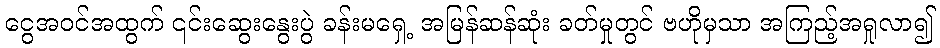
ငွေအဝင်အထွက် ၎င်းဆွေးနွေးပွဲ ခန်းမရှေ့ အမြန်ဆန်ဆုံး ခတ်မှုတွင် ဗဟိုမှသာ အကြည့်အရှုလာ၍